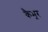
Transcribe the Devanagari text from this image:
कैभूर